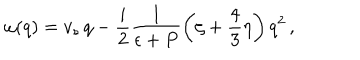
LaTeX: \omega ( q ) = v _ { s } \, q - \frac i 2 \frac 1 { \epsilon + P } \left( \zeta + \frac 4 3 \eta \right) q ^ { 2 } \, ,